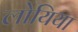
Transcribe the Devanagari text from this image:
लोयिया